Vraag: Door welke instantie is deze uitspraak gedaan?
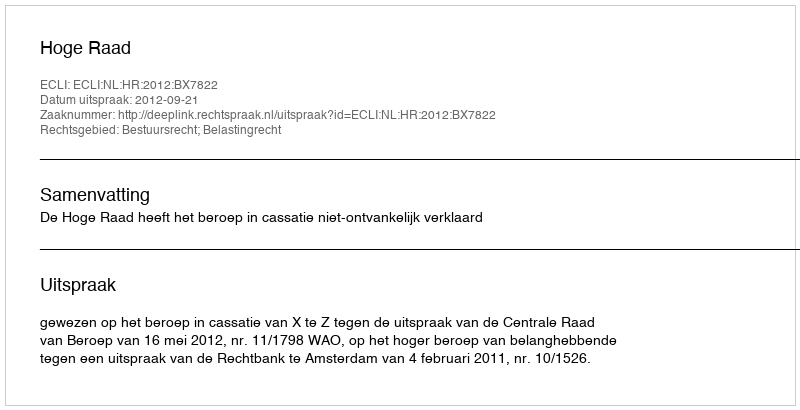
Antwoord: Hoge Raad